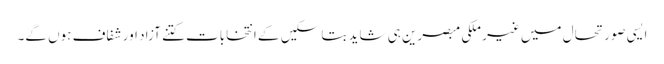
ایسی صورتحال میں غیر ملکی مبصرین ہی شاید بتا سکیں کے انتخابات کتنے آزاد اور شفاف ہوں گے۔